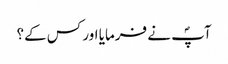
آپؐ نے فرمایا اور کس کے؟